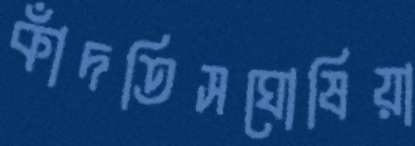
কাঁদতিসঘোষিয়া